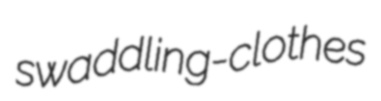
swaddling-clothes